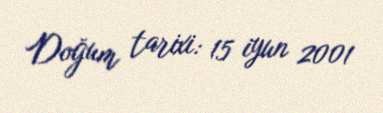
Doğum tarixi: 15 iyun 2001